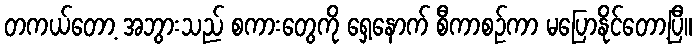
တကယ်တော့ အဘွားသည် စကားတွေကို ရှေ့နောက် စီကာစဉ်ကာ မပြောနိုင်တော့ပြီ။